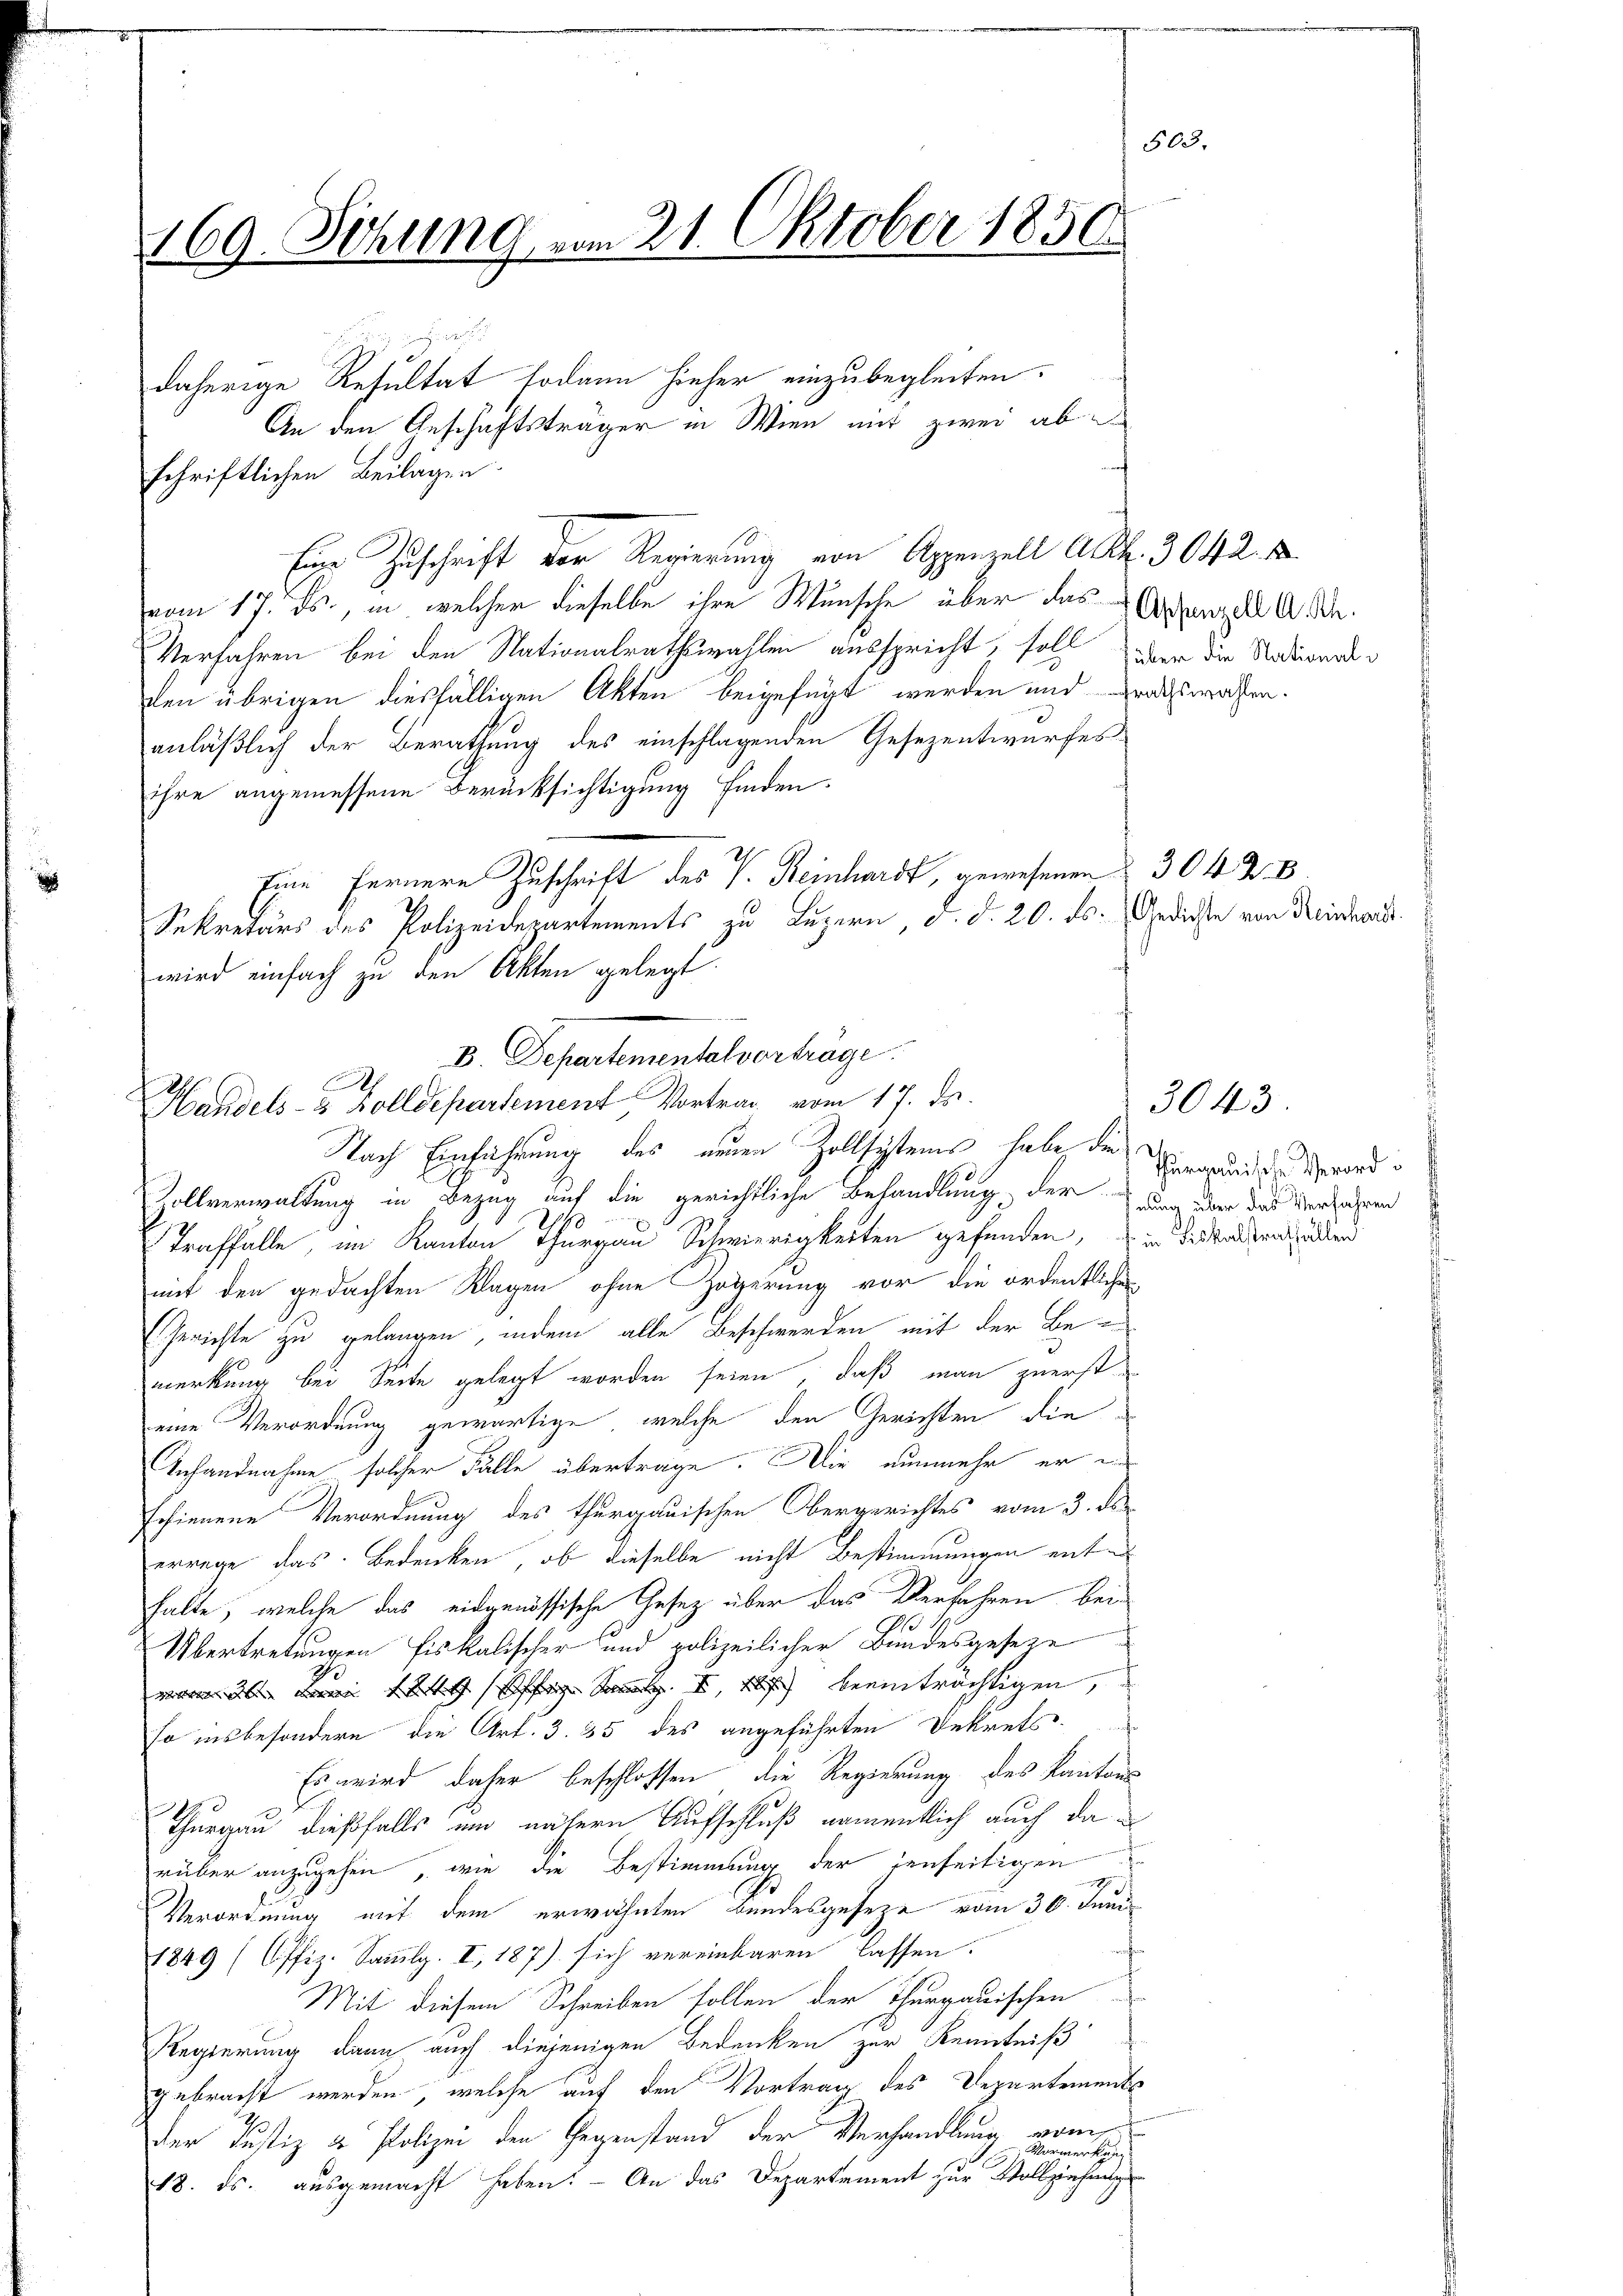
503.
169. Sitzung vom 21. Oktober 1850.

schriftlichen Beilagen.
Eine Zuschrift der Regierung von Appenzell Art. 3042.
vom 17. ds., in welcher dieselbe ihre Wunsche über das Artenzell A. D.
Verfahren bei den Nationalrathswahlen ausspricht, soll über die Stativorden
den übrigen diesfälligen Akten beigefügt werden und grathswahlen.
anläßlich der Berathung des einschlagenden Gesezentwurfes
ihre angemessene Berücksichtigung finden.
Eine fernere Zuschrift des V. Reinhardt, gewesenen 304 Z. B
Sekretärs des Polizeidepartements zu Luzern d. d. 20. ds. Gedicte von Reinhard
wird einfach zu den Akten gelegt.
.
Nach Einführung des einen Zollsystems habe die
Zollverwaltung in Bezug auf die gerichtliche Behandlung der den der das Verfahren
Traffälle, im Kanton Thurgau Schwierigkeiten gefunden, in dieselben halten
mit den gedachten Klagen ohne Zögerung vor die ordentlichen
Gerichte zu gelangen, indem alle Beschwerden mit der Bemerkung bei Seite gelegt worden seien, daß man zuerst
eine Verordnung gewärtige, welche den Gerichten die
Anhandnahme solcher Fälle übertrage. Die nunmehr er in
schienene Verordnung des thurgauischen Obergerichtes vom 3. ds
errege das Bedenken, ob dieselbe nicht Bestimmungen enthalte, welche das eidgenössische Gesetz über das Verfahren bei
.
Übertretungen fiskalischer und polizeilicher Bundesgeseze
warm 30. Juni 1849 ff. 5, beeinträchtigen,
so insbesondere die Art. 3. 35 des angeführten Dekrets.
Es wird daher beschlossen, die Regierung des Kantons
Thurgau dießfalls und nähern Aufschluß namentlich auch da
rüber anzugehen, wie die Bestimmung der jenseitigen
9
Verordnung mit dem erwähnten Bundesgesetze vom 30. Juni
1849 (Offiz. Sammlg. II, 187) sich vereinbaren lassen.
Mit diesem Schreiben sollen der Thurgauischen
Regierung dann auch diejenigen Bedenken zur Kenntniß
gebracht werden, welche auf den Vortrag des Departements
Der Justiz & Polizei den Gegenstand der Verhandlung vom
Mormerkun
18. ds. ausgemacht haben. — An das Departement zur Vollziehung

daherige Resultat sodann hieher einzubegleiten.
An den Geschäftsträger in Wien mit zwei ab

V Departementalvertrage
Handels- & Zolldepartement Vortrag vom 17. ds.

thurgauische Verord¬

3043.